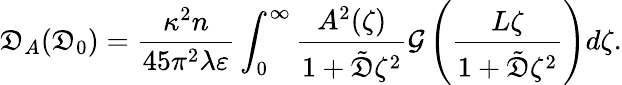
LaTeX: \mathfrak{D}_{A}(\mathfrak{D}_{0})=\frac{{\kappa^{2}n}}{{45\pi^{2}\lambda\varepsilon}}\int_{0}^{\infty}\frac{{A^{2}(\zeta)}}{{1+\tilde{{\mathfrak{D}}}\zeta^{2}}}\mathcal{{G}}\left(\frac{{L\zeta}}{{1+\tilde{{\mathfrak{D}}}\zeta^{2}}}\right)d\zeta.